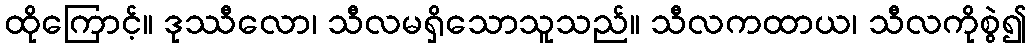
ထိုကြောင့်။ ဒုဿီလော၊ သီလမရှိသောသူသည်။ သီလကထာယ၊ သီလကိုစွဲ၍